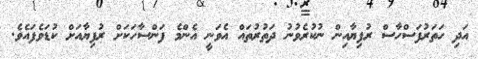
އަދި ހަތަރުފަސްހާސް ރުފިޔާއިން ނުކުރެވުނު ދަތުރުތައް އެވަނީ އެންމެ ފަންސާހަކަށް ރުފިޔާއަށް ކުޑަވެފައެވެ.